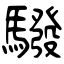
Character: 驋